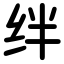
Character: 绊